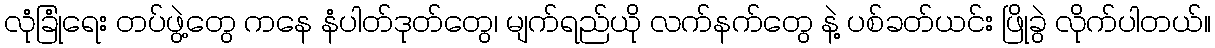
လုံခြုံရေး တပ်ဖွဲ့တွေ ကနေ နံပါတ်ဒုတ်တွေ၊ မျက်ရည်ယို လက်နက်တွေ နဲ့ ပစ်ခတ်ယင်း ဖြိုခွဲ လိုက်ပါတယ်။